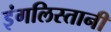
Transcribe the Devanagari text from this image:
इंगलिस्तानी